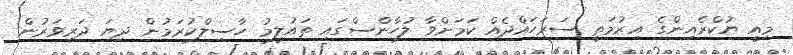
މިއީ ޔުކްރެއިންގެ އިރުމަތީ ސަރަހައްދެއް ކަމަށްވާ ލުހާންސްގައި ތައުލީމު ހާސިލްކުރަމުން ދިޔަ ދަރިވަރުން